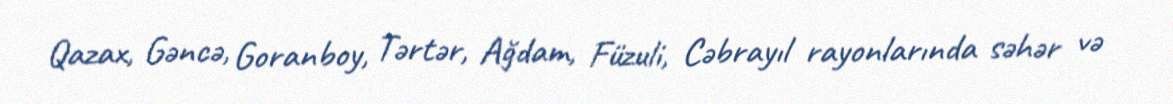
Qazax, Gəncə, Goranboy, Tərtər, Ağdam, Füzuli, Cəbrayıl rayonlarında səhər və